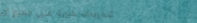
تخفيضات كبيرة على جميع أن